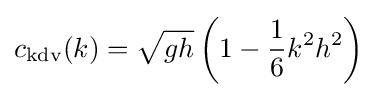
c_{\text{kdv}}(k)={\sqrt {gh}}\left(1-{\frac {1}{6}}k^{2}h^{2}\right)